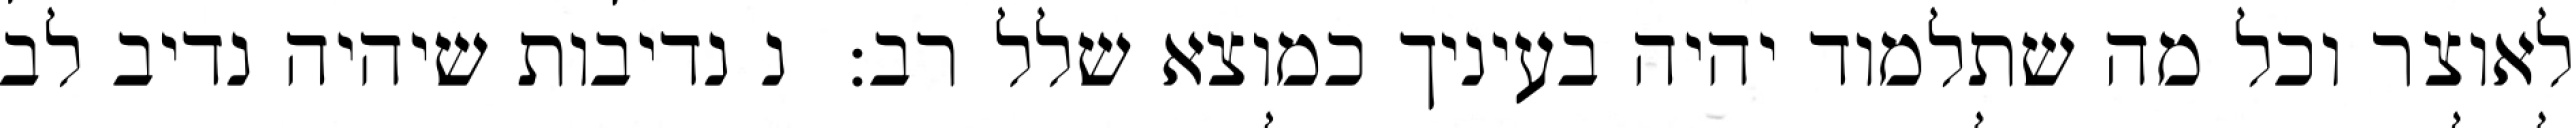
לאוצר וכל מה שתלמוד יהיה בעיניך כמוצא שלל רב:  נ נדיבות שיהיה נדיב לב